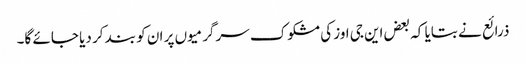
ذرائع نے بتایا کہ بعض این جی اوز کی مشکوک سرگرمیوں پر ان کو بند کر دیا جائے گا۔